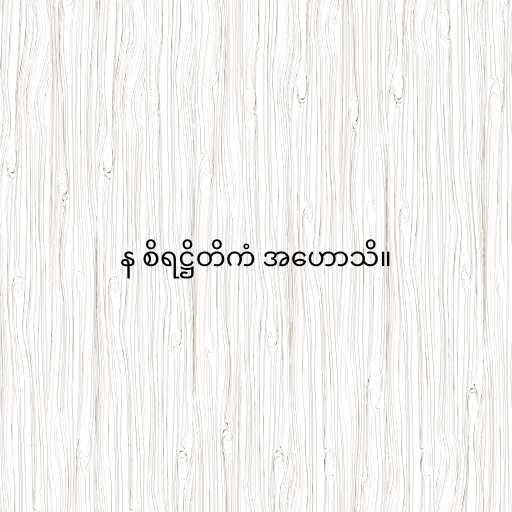
န စိရဋ္ဌိတိကံ အဟောသိ။